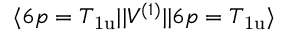
\langle 6 p = T _ { \mathrm { 1 u } } | | V ^ { ( 1 ) } | | 6 p = T _ { \mathrm { 1 u } } \rangle